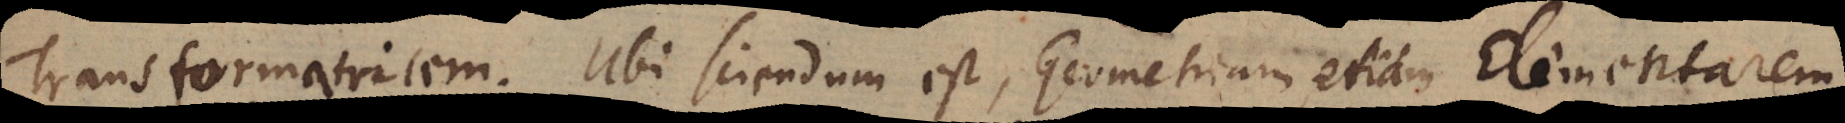
Transformatricem. Ubi sciendum est, Geometriam etiam Elementarem,